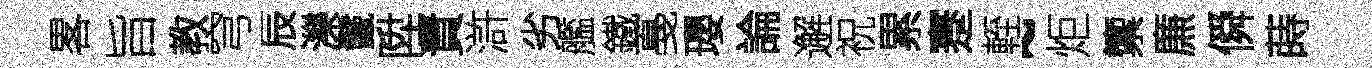
畧旨教穹辰濼鬛陞責滸劣艦鐵戞瓔論邂祝累蹇輊~炬籞㢘僢蒔